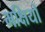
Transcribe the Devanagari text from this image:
भक्षियों